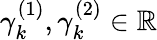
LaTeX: \gamma_{k}^{(1)},\gamma_{k}^{(2)}\in\mathbb{R}